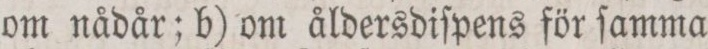
om nådår; b) om åldersdiſpens för ſamma